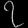
Digit: ၇